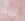
تريد